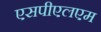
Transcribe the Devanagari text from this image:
एसपीएलएम